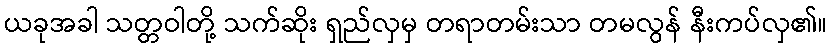
ယခုအခါ သတ္တဝါတို့ သက်ဆိုး ရှည်လှမှ တရာတမ်းသာ တမလွန် နီးကပ်လှ၏။